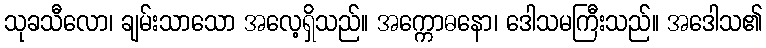
သုခသီလော၊ ချမ်းသာသော အလေ့ရှိသည်။ အက္ကောဓနော၊ ဒေါသမကြီးသည်။ အဒေါသ၏